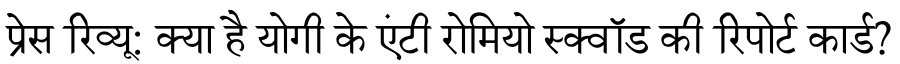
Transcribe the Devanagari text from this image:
प्रेस रिव्यू: क्या है योगी के एंटी रोमियो स्क्वॉड की रिपोर्ट कार्ड?